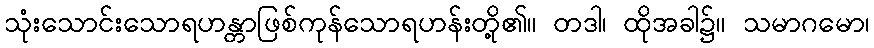
သုံးသောင်းသောရဟန္တာဖြစ်ကုန်သောရဟန်းတို့၏။ တဒါ၊ ထိုအခါ၌။ သမာဂမော၊